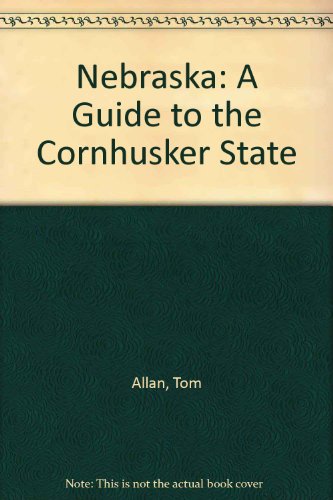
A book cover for Nebraska: A Guide to the Cornhusker State; Federal Writers' Project; Travel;